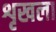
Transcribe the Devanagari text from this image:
शृखला